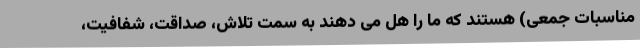
مناسبات جمعی) هستند که ما را هل می دهند به سمت تلاش، صداقت، شفافیت،